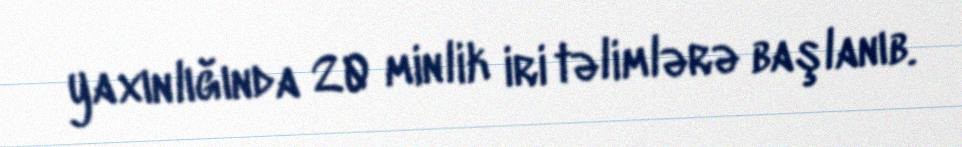
yaxınlığında 20 minlik iri təlimlərə başlanıb.